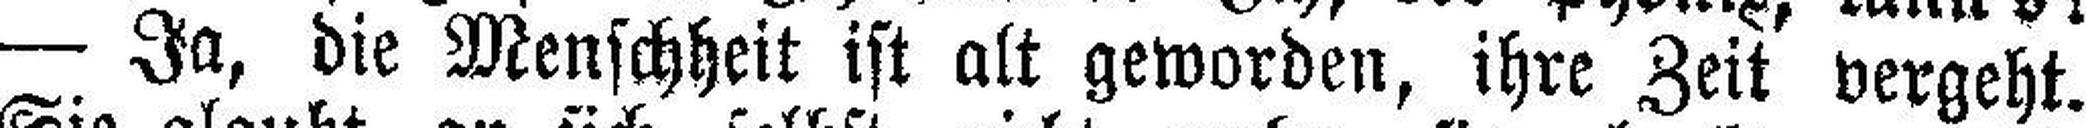
— Ja, die Menschheit ist alt geworden, ihre Zeit vergeht.